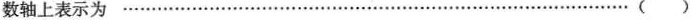
数轴上表示为……………………………………………………………………………( )